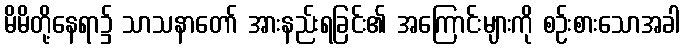
မိမိတို့နေရာ၌ သာသနာတော် အားနည်းရခြင်း၏ အကြောင်းများကို စဉ်းစားသောအခါ